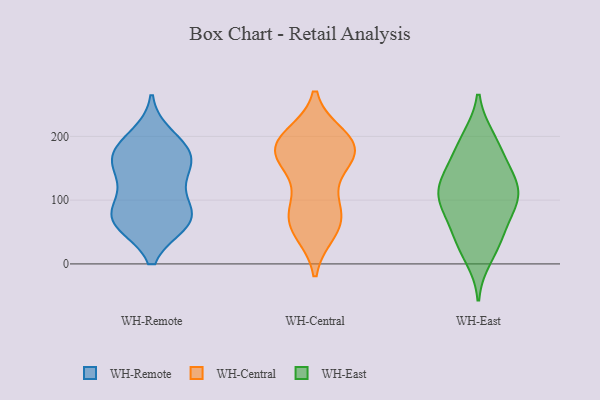
{"axis": {"x": "Demand Index", "y": "Value"}, "legend": ["WH-Central", "WH-East", "WH-Remote"], "data": [{"x": "", "y": 95, "type": "WH-Remote"}, {"x": "", "y": 200, "type": "WH-Remote"}, {"x": "", "y": 174, "type": "WH-Remote"}, {"x": "", "y": 168, "type": "WH-Remote"}, {"x": "", "y": 64, "type": "WH-Remote"}, {"x": "", "y": 68, "type": "WH-Remote"}, {"x": "", "y": 65, "type": "WH-Remote"}, {"x": "", "y": 175, "type": "WH-Remote"}, {"x": "", "y": 69, "type": "WH-Remote"}, {"x": "", "y": 168, "type": "WH-Remote"}, {"x": "", "y": 138, "type": "WH-Remote"}, {"x": "", "y": 79, "type": "WH-Remote"}, {"x": "", "y": 135, "type": "WH-Remote"}, {"x": "", "y": 171, "type": "WH-Central"}, {"x": "", "y": 179, "type": "WH-Central"}, {"x": "", "y": 78, "type": "WH-Central"}, {"x": "", "y": 192, "type": "WH-Central"}, {"x": "", "y": 101, "type": "WH-Central"}, {"x": "", "y": 163, "type": "WH-Central"}, {"x": "", "y": 53, "type": "WH-Central"}, {"x": "", "y": 180, "type": "WH-Central"}, {"x": "", "y": 183, "type": "WH-Central"}, {"x": "", "y": 51, "type": "WH-Central"}, {"x": "", "y": 194, "type": "WH-Central"}, {"x": "", "y": 150, "type": "WH-Central"}, {"x": "", "y": 80, "type": "WH-Central"}, {"x": "", "y": 66, "type": "WH-Central"}, {"x": "", "y": 200, "type": "WH-Central"}, {"x": "", "y": 198, "type": "WH-East"}, {"x": "", "y": 36, "type": "WH-East"}, {"x": "", "y": 158, "type": "WH-East"}, {"x": "", "y": 145, "type": "WH-East"}, {"x": "", "y": 172, "type": "WH-East"}, {"x": "", "y": 128, "type": "WH-East"}, {"x": "", "y": 93, "type": "WH-East"}, {"x": "", "y": 33, "type": "WH-East"}, {"x": "", "y": 115, "type": "WH-East"}, {"x": "", "y": 198, "type": "WH-East"}, {"x": "", "y": 85, "type": "WH-East"}, {"x": "", "y": 80, "type": "WH-East"}, {"x": "", "y": 107, "type": "WH-East"}, {"x": "", "y": 112, "type": "WH-East"}, {"x": "", "y": 50, "type": "WH-East"}, {"x": "", "y": 10, "type": "WH-East"}, {"x": "", "y": 119, "type": "WH-East"}]}